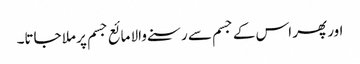
اور پھر اس کے جسم سے رسنے والا مائع جسم پر ملا جاتا۔